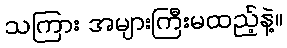
သကြား အများကြီးမထည့်နဲ့။